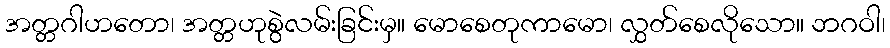
အတ္တဂါဟတော၊ အတ္တဟုစွဲလမ်းခြင်းမှ။ မောစေတုကာမော၊ လွှတ်စေလိုသော။ ဘဂဝါ၊